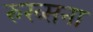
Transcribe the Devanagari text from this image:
रुख्सना